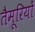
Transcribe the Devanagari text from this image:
तैमूरियों